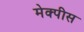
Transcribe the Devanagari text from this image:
मेक्पीस